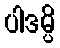
ပါဒမ္ပိ